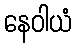
နေဝါယံ